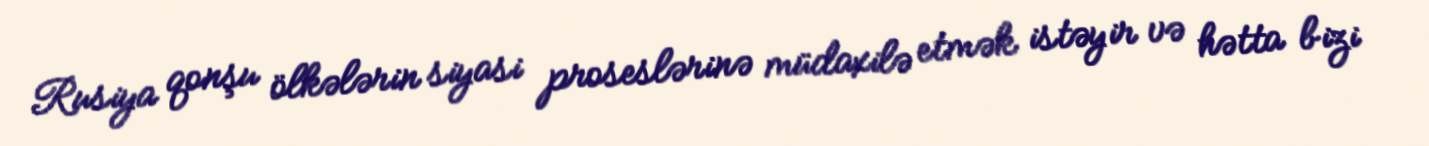
Rusiya qonşu ölkələrin siyasi proseslərinə müdaxilə etmək istəyir və hətta bizi